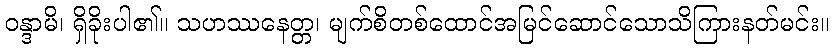
ဝန္ဒာမိ၊ ရှိခိုးပါ၏။ သဟဿနေတ္တ၊ မျက်စိတစ်ထောင်အမြင်ဆောင်သောသိကြားနတ်မင်း။